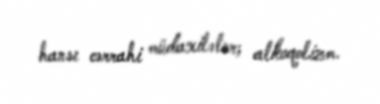
hansı cərrahi müdaxilələr; alkoqolizm.